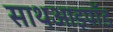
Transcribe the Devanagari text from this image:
साथआइपॉड